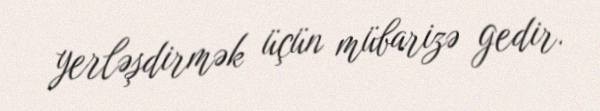
yerləşdirmək üçün mübarizə gedir.